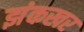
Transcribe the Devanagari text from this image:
झंकखर